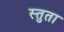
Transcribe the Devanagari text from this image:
स्तुता